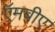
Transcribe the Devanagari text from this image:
ऍमबीए